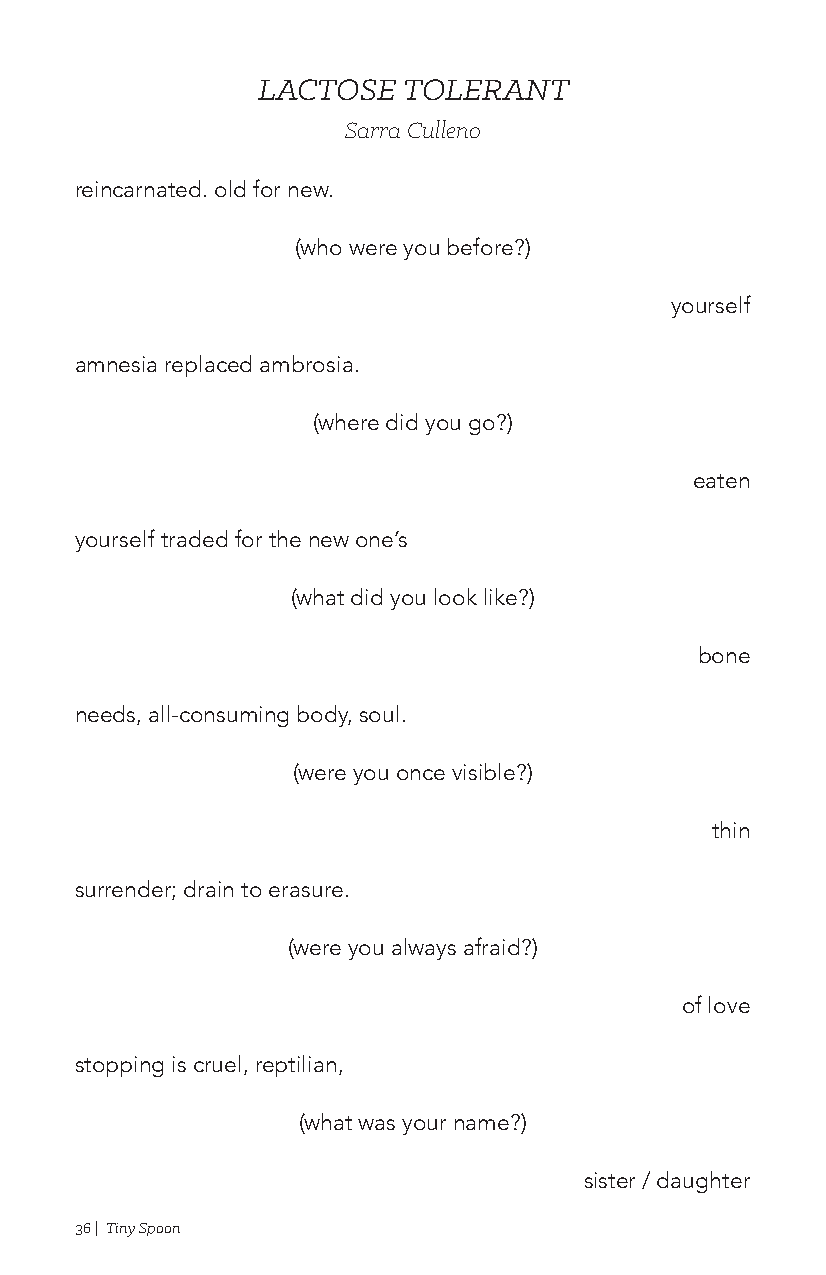
LACTOSE   TOLERANT
 Sarra Culleno
 reincarnated. old for new.
 (who were you before?)
 yourself
 amnesia replaced ambrosia.
 (where did you go?)
 eaten
 yourself traded for the new one’s
 (what did you look like?)
 bone
 needs, all-consuming body, soul.
 (were you once visible?)
 thin
 surrender; drain to erasure.
 (were you always afraid?)
 of love
 stopping is cruel, reptilian,
 (what was your name?)
 sister / daughter
 36 | Tiny Spoon